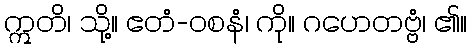
ဣတိ၊ သို့။ ဧတံ-ဝစနံ၊ ကို။ ဂဟေတဗ္ဗံ၊ ၏။